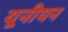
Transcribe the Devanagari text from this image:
यूनीयन